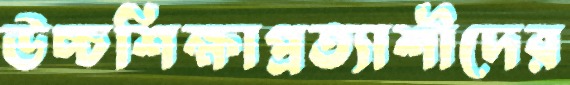
উচ্চশিক্ষাপ্রত্যাশীদের